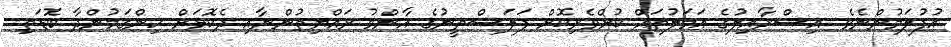
އުފުލަމުންނެވެ. އިސްރާއިލުގެ އަމަލުތައް ކުށްވެރިކޮށް ފަލަސްތީނުގެ އާންމު ރައްޔިތުންނާއި ދެކޮޅަށް ހިންގަމުންދާ ބޮޑަތި